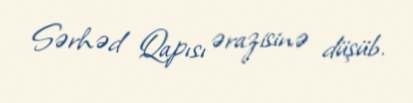
Sərhəd Qapısı ərazisinə düşüb.